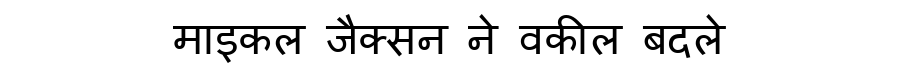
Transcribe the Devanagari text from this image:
माइकल जैक्सन ने वकील बदले